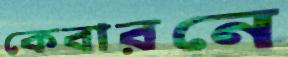
কেবারনে